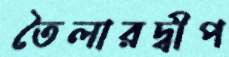
তৈলারদ্বীপ